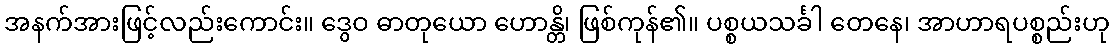
အနက်အားဖြင့်လည်းကောင်း။ ဒွေဝ ဓာတုယော ဟောန္တိ၊ ဖြစ်ကုန်၏။ ပစ္စယသင်္ခါ တေနေ၊ အာဟာရပစ္စည်းဟု